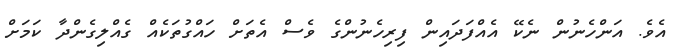
އެވެ. އަންހެނުން ނެކޭ އެއްފަަދައިން ފިރިހެނުންގެ ވެސް އެތަށް ހައްގުތަކެއް ގެއްލިގެންދާ ކަމަށް